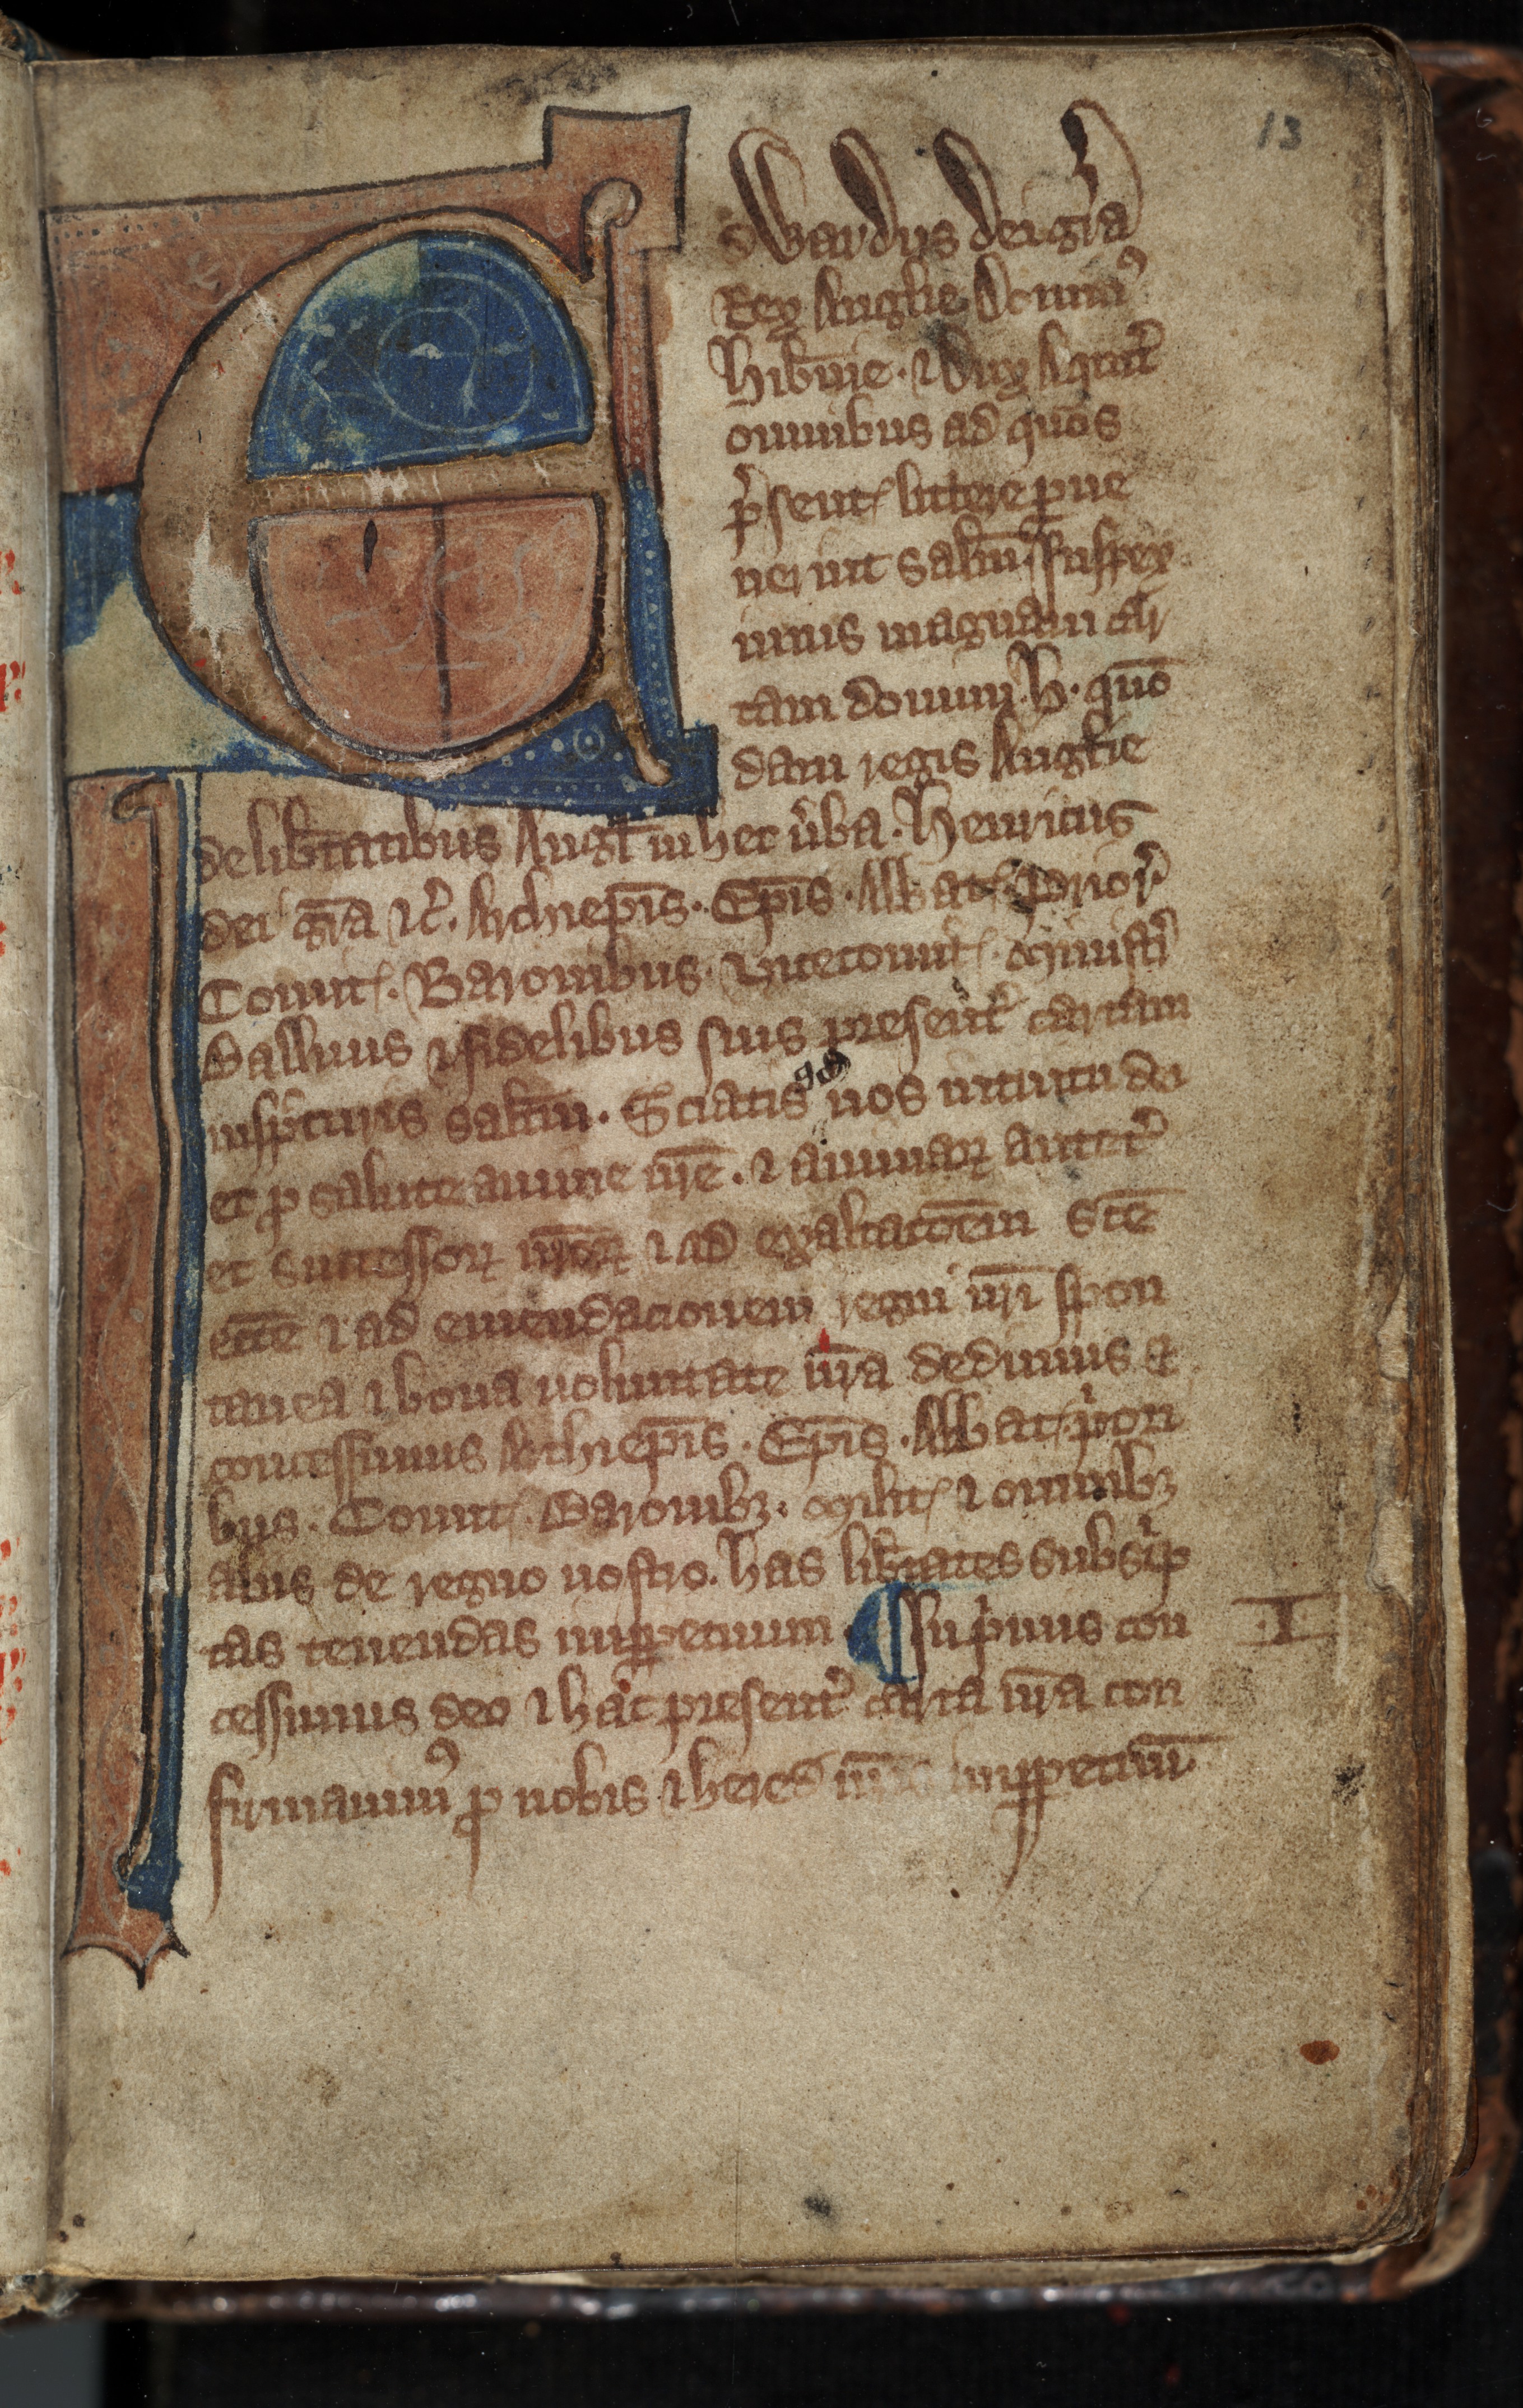
Shelfmark: Toronto, Fisher Library, ms. 01053
Century: 14